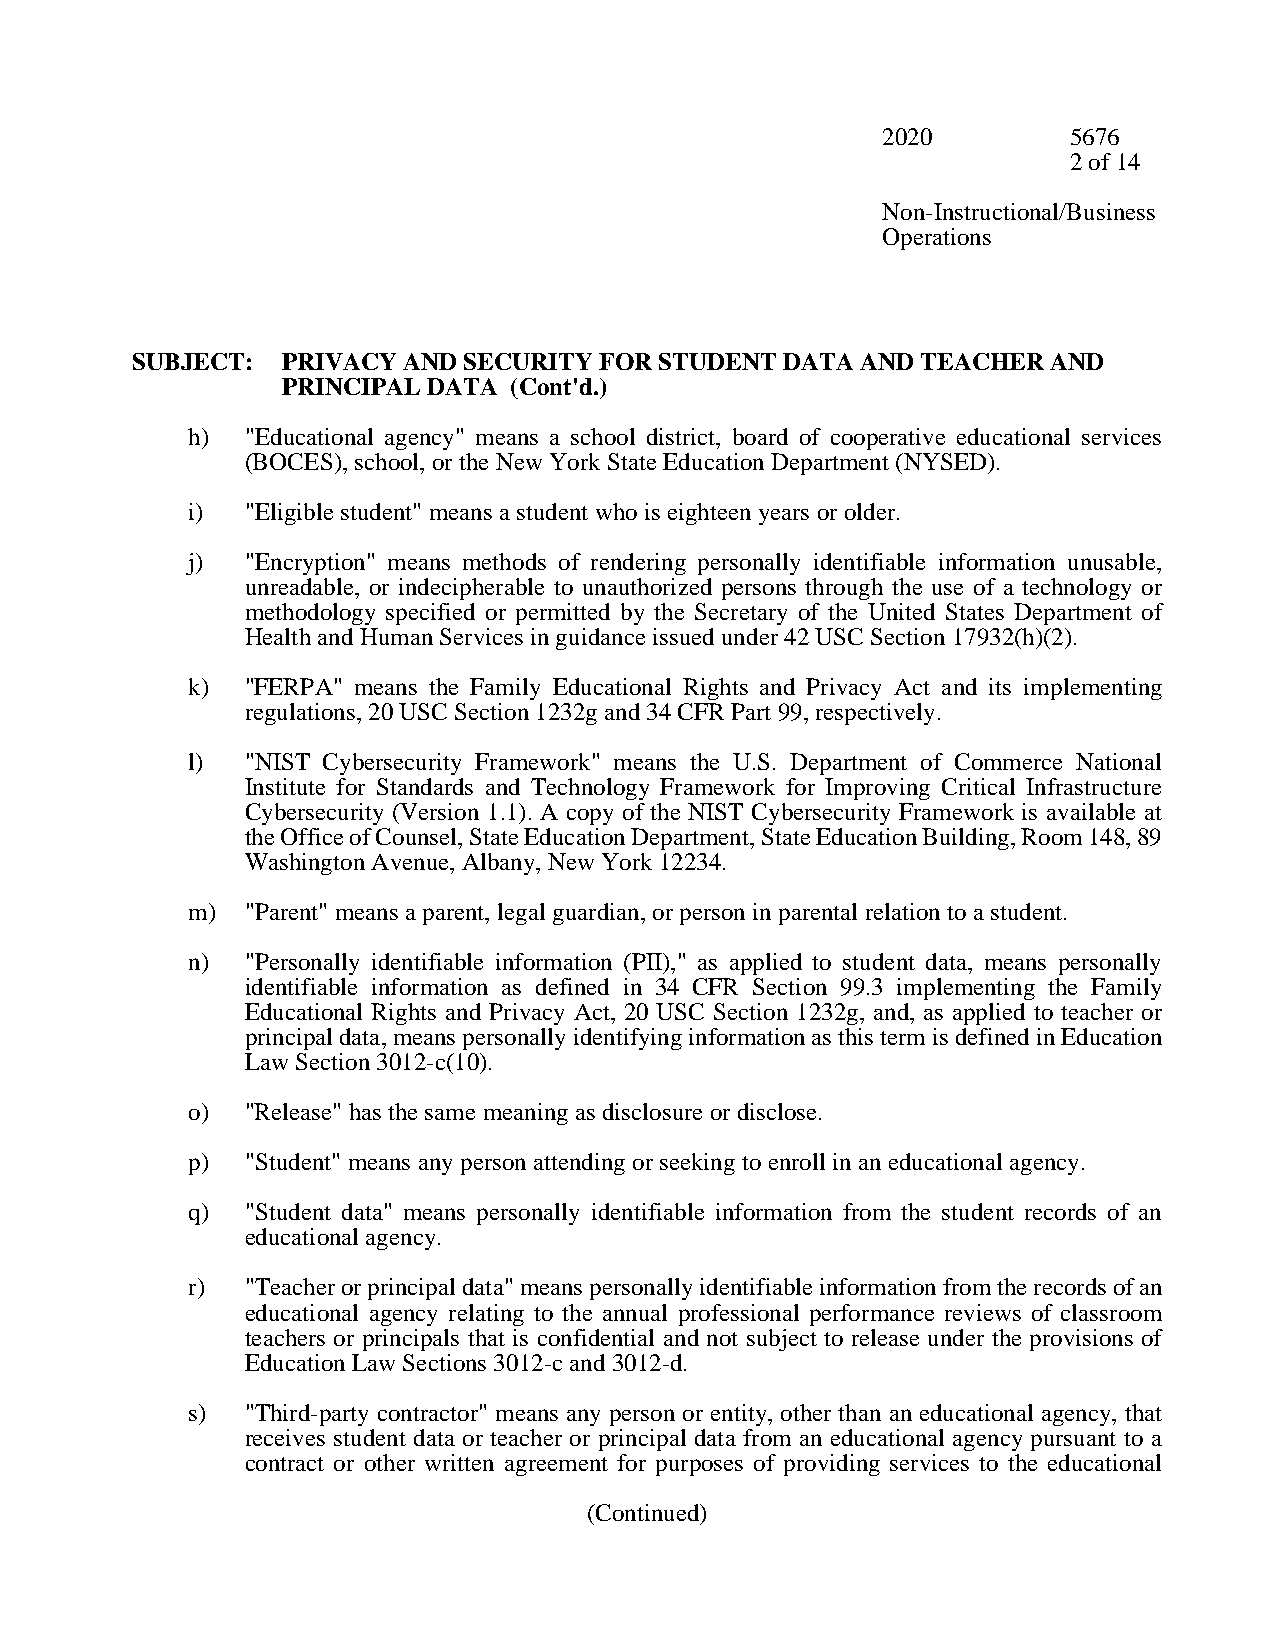
2020         5676
 2 of 14
 Non-Instructional/Business
 Operations
 SUBJECT:  PRIVACY AND SECURITY FOR STUDENT DATA AND TEACHER  AND
 PRINCIPAL DATA (Cont'd.)
 h)  "Educational agency" means a school district, board of cooperative educational services
 (BOCES), school, or the New York State Education Department (NYSED).
 i)  "Eligible student" means a student who is eighteen years or older.
 j)  "Encryption" means methods of rendering personally identifiable information unusable,
 unreadable, or indecipherable to unauthorized persons through the use of a technology or
 methodology specified or permitted by the Secretary of the United States Department of
 Health and Human Services in guidance issued under 42 USC Section 17932(h)(2).
 k)  "FERPA" means the Family Educational Rights and Privacy Act and its implementing
 regulations, 20 USC Section 1232g and 34 CFR Part 99, respectively.
 l)  "NIST Cybersecurity Framework" means the U.S. Department of Commerce National
 Institute for Standards and Technology Framework for Improving Critical Infrastructure
 Cybersecurity (Version 1.1). A copy of the NIST Cybersecurity Framework is available at
 the Office of Counsel, State Education Department, State Education Building, Room 148, 89
 Washington Avenue, Albany, New York 12234.
 m)  "Parent" means a parent, legal guardian, or person in parental relation to a student.
 n)  "Personally identifiable information (PII)," as applied to student data, means personally
 identifiable information as defined in 34 CFR Section 99.3 implementing the Family
 Educational Rights and Privacy Act, 20 USC Section 1232g, and, as applied to teacher or
 principal data, means personally identifying information as this term is defined in Education
 Law Section 3012-c(10).
 o)  "Release" has the same meaning as disclosure or disclose.
 p)  "Student" means any person attending or seeking to enroll in an educational agency.
 q)  "Student data" means personally identifiable information from the student records of an
 educational agency.
 r)  "Teacher or principal data" means personally identifiable information from the records of an
 educational agency relating to the annual professional performance reviews of classroom
 teachers or principals that is confidential and not subject to release under the provisions of
 Education Law Sections 3012-c and 3012-d.
 s)  "Third-party contractor" means any person or entity, other than an educational agency, that
 receives student data or teacher or principal data from an educational agency pursuant to a
 contract or other written agreement for purposes of providing services to the educational
 (Continued)